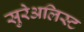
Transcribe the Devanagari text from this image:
सुरेअलिस्ट